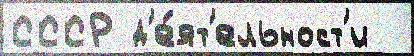
СССР д'е́ят'ельност'и